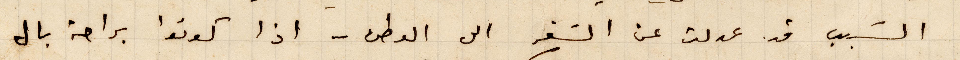
السبب قد عدلت عن السفر الى الوطن - اذا كونوا براحة بال